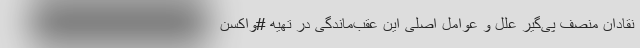
نقادان منصف پی‌گیر علل و عوامل اصلی این عقب‌ماندگی در تهیه #واکسن